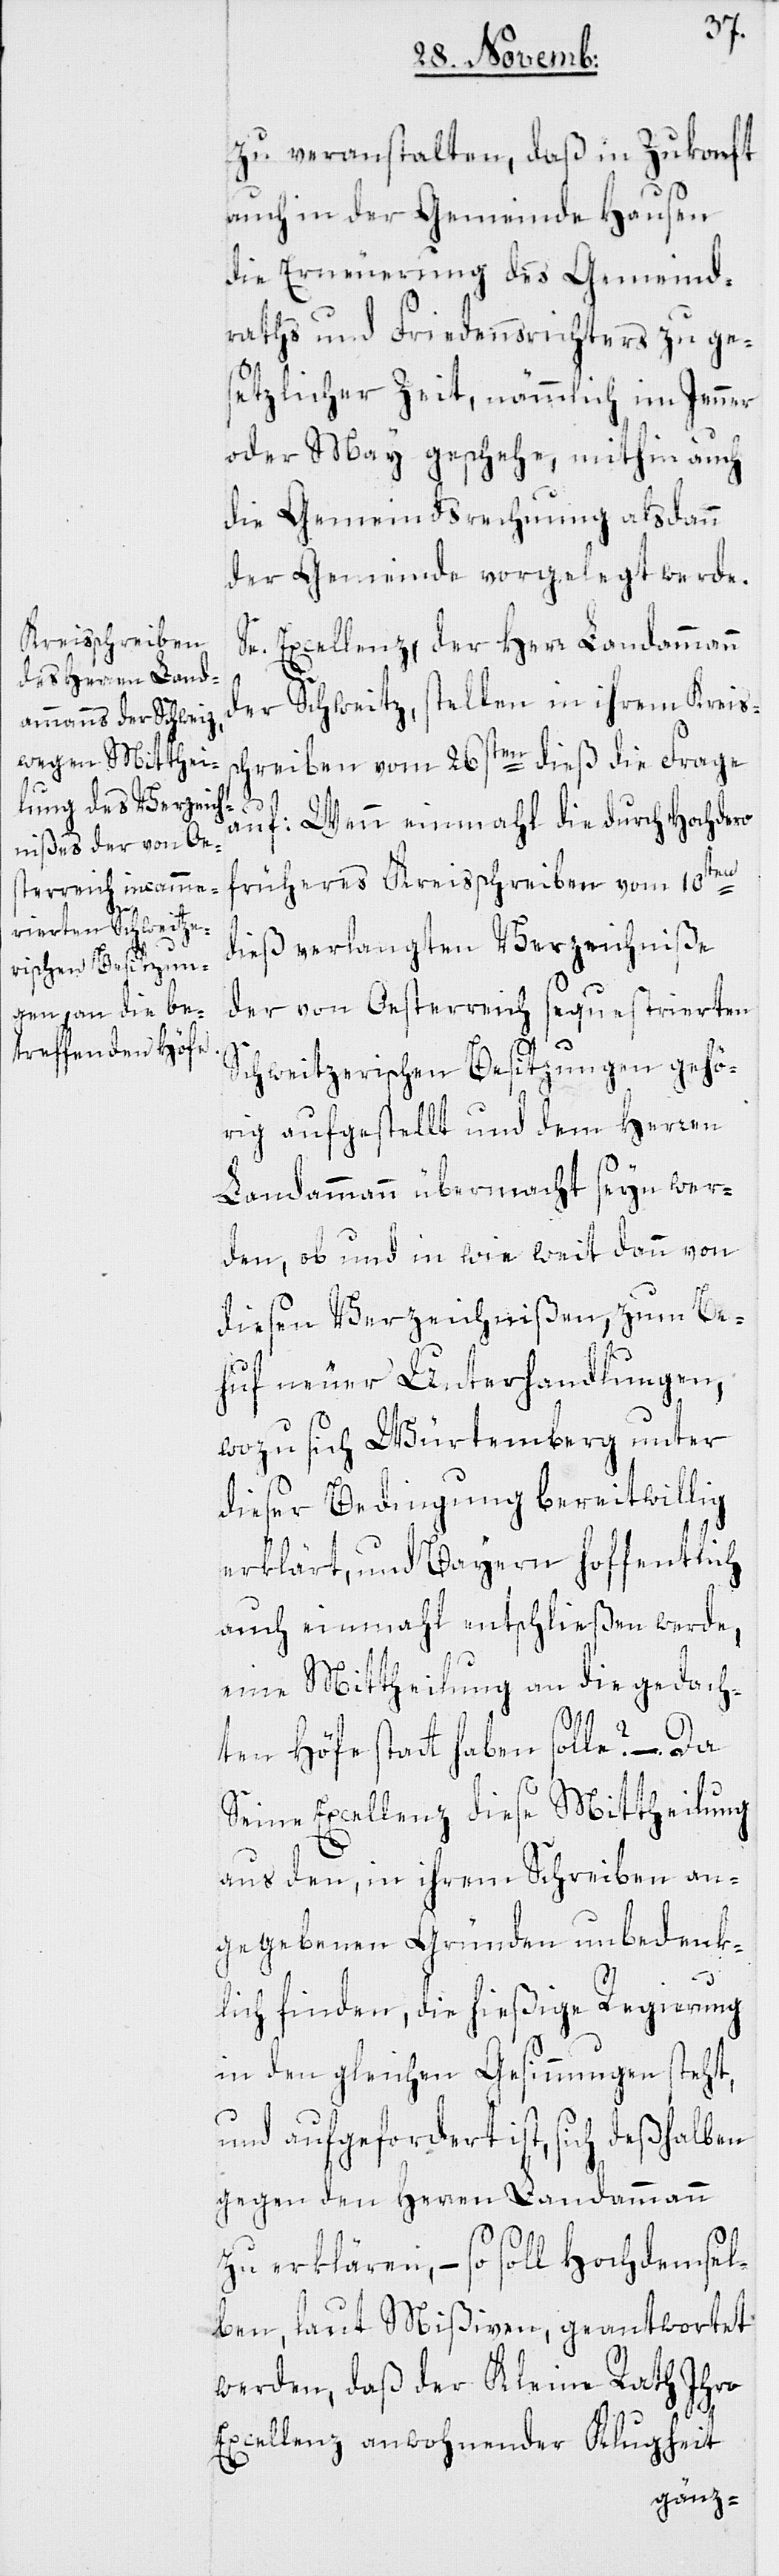
zu veranstalten, daß in Zukonft
auch in der Gemeinde Hausen
die Erneuerung des Gemeind¬
raths und Friedensrichters zu ge¬
setzlicher Zeit, nämmlich im Jenner
oder May geschehe, mithin auch
die Gemeindsrechnung alsdann
der Gemeinde vorgelegt werde.
Se. Excellenz der Herr Landammann
der Schweitz, stellen in ihrem Kreis¬
schreiben vom 26sten dieß die Frage
auf: Wenn einmahl die durch Hochdero
früheres Kreisschreiben vom 10ten
dieß verlangten Verzeichniße
der von Oesterreich sequestrierten
Schweitzerischen Besitzungen gehö¬
rig aufgestellt und dem Herren
Landammann übermacht seyn wer¬
den, ob und in wie weit dann von
dießen Verzeichnißen, zum Be¬
huf neuer Unterhandlungen,
wozu sich Würtemberg unter
dieser Bedingung bereitwillig
erklärt, und Bayern hoffentlich
auch einmahl entschließen werde,
eine Mittheilung an die gedach¬
ten Höfe statthaben solle? – Da
Seine Excellenz diese Mittheilung
aus den, in ihrem Schreiben an¬
gegebenen Gründen unbedenk¬
lich finden, die hießige Regierung
in den gleichen Gesinnungen steht,
und aufgefordert ist, sich deßhalben
gegen den Herren Landammann
zu erklären, – so soll Hochdemsel¬
ben, laut Mißiven, geantwortet
werden, daß der Kleine Rath Ihro
Excellenz anwohnender Klugheit